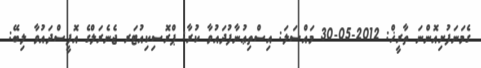
ގެމަނަފުށިއޮންނަ ތާރީޚް: 2012-05-30 މައްސަލަ: އިސްތިޢުނާފުދައުވާ ކުރާ: ޕްރޮސިކިއުޓަރ ޖެނެރަލްގެ އޮފީސްދައުވާ ލިބޭ: